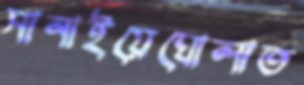
সানাইয়েঘোলাত